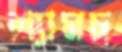
শ্যামচ